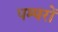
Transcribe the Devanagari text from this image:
पम्परों